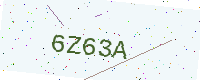
Text: 6Z63A